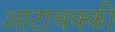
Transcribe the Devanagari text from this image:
आटाचक्की